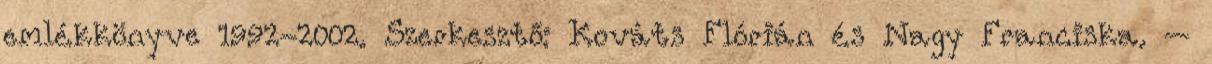
emlékkönyve 1992-2002. Szerkesztő: Kováts Flórián és Nagy Franciska. –